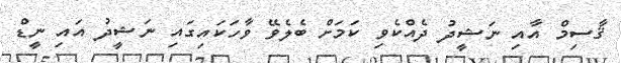
ޤާސިމް އާއި ނަޝީދު ދެއްކެވި ކަމަށް ބެލެވޭ ވާހަކައިގައި ނަޝީދު އައި ނީޑް